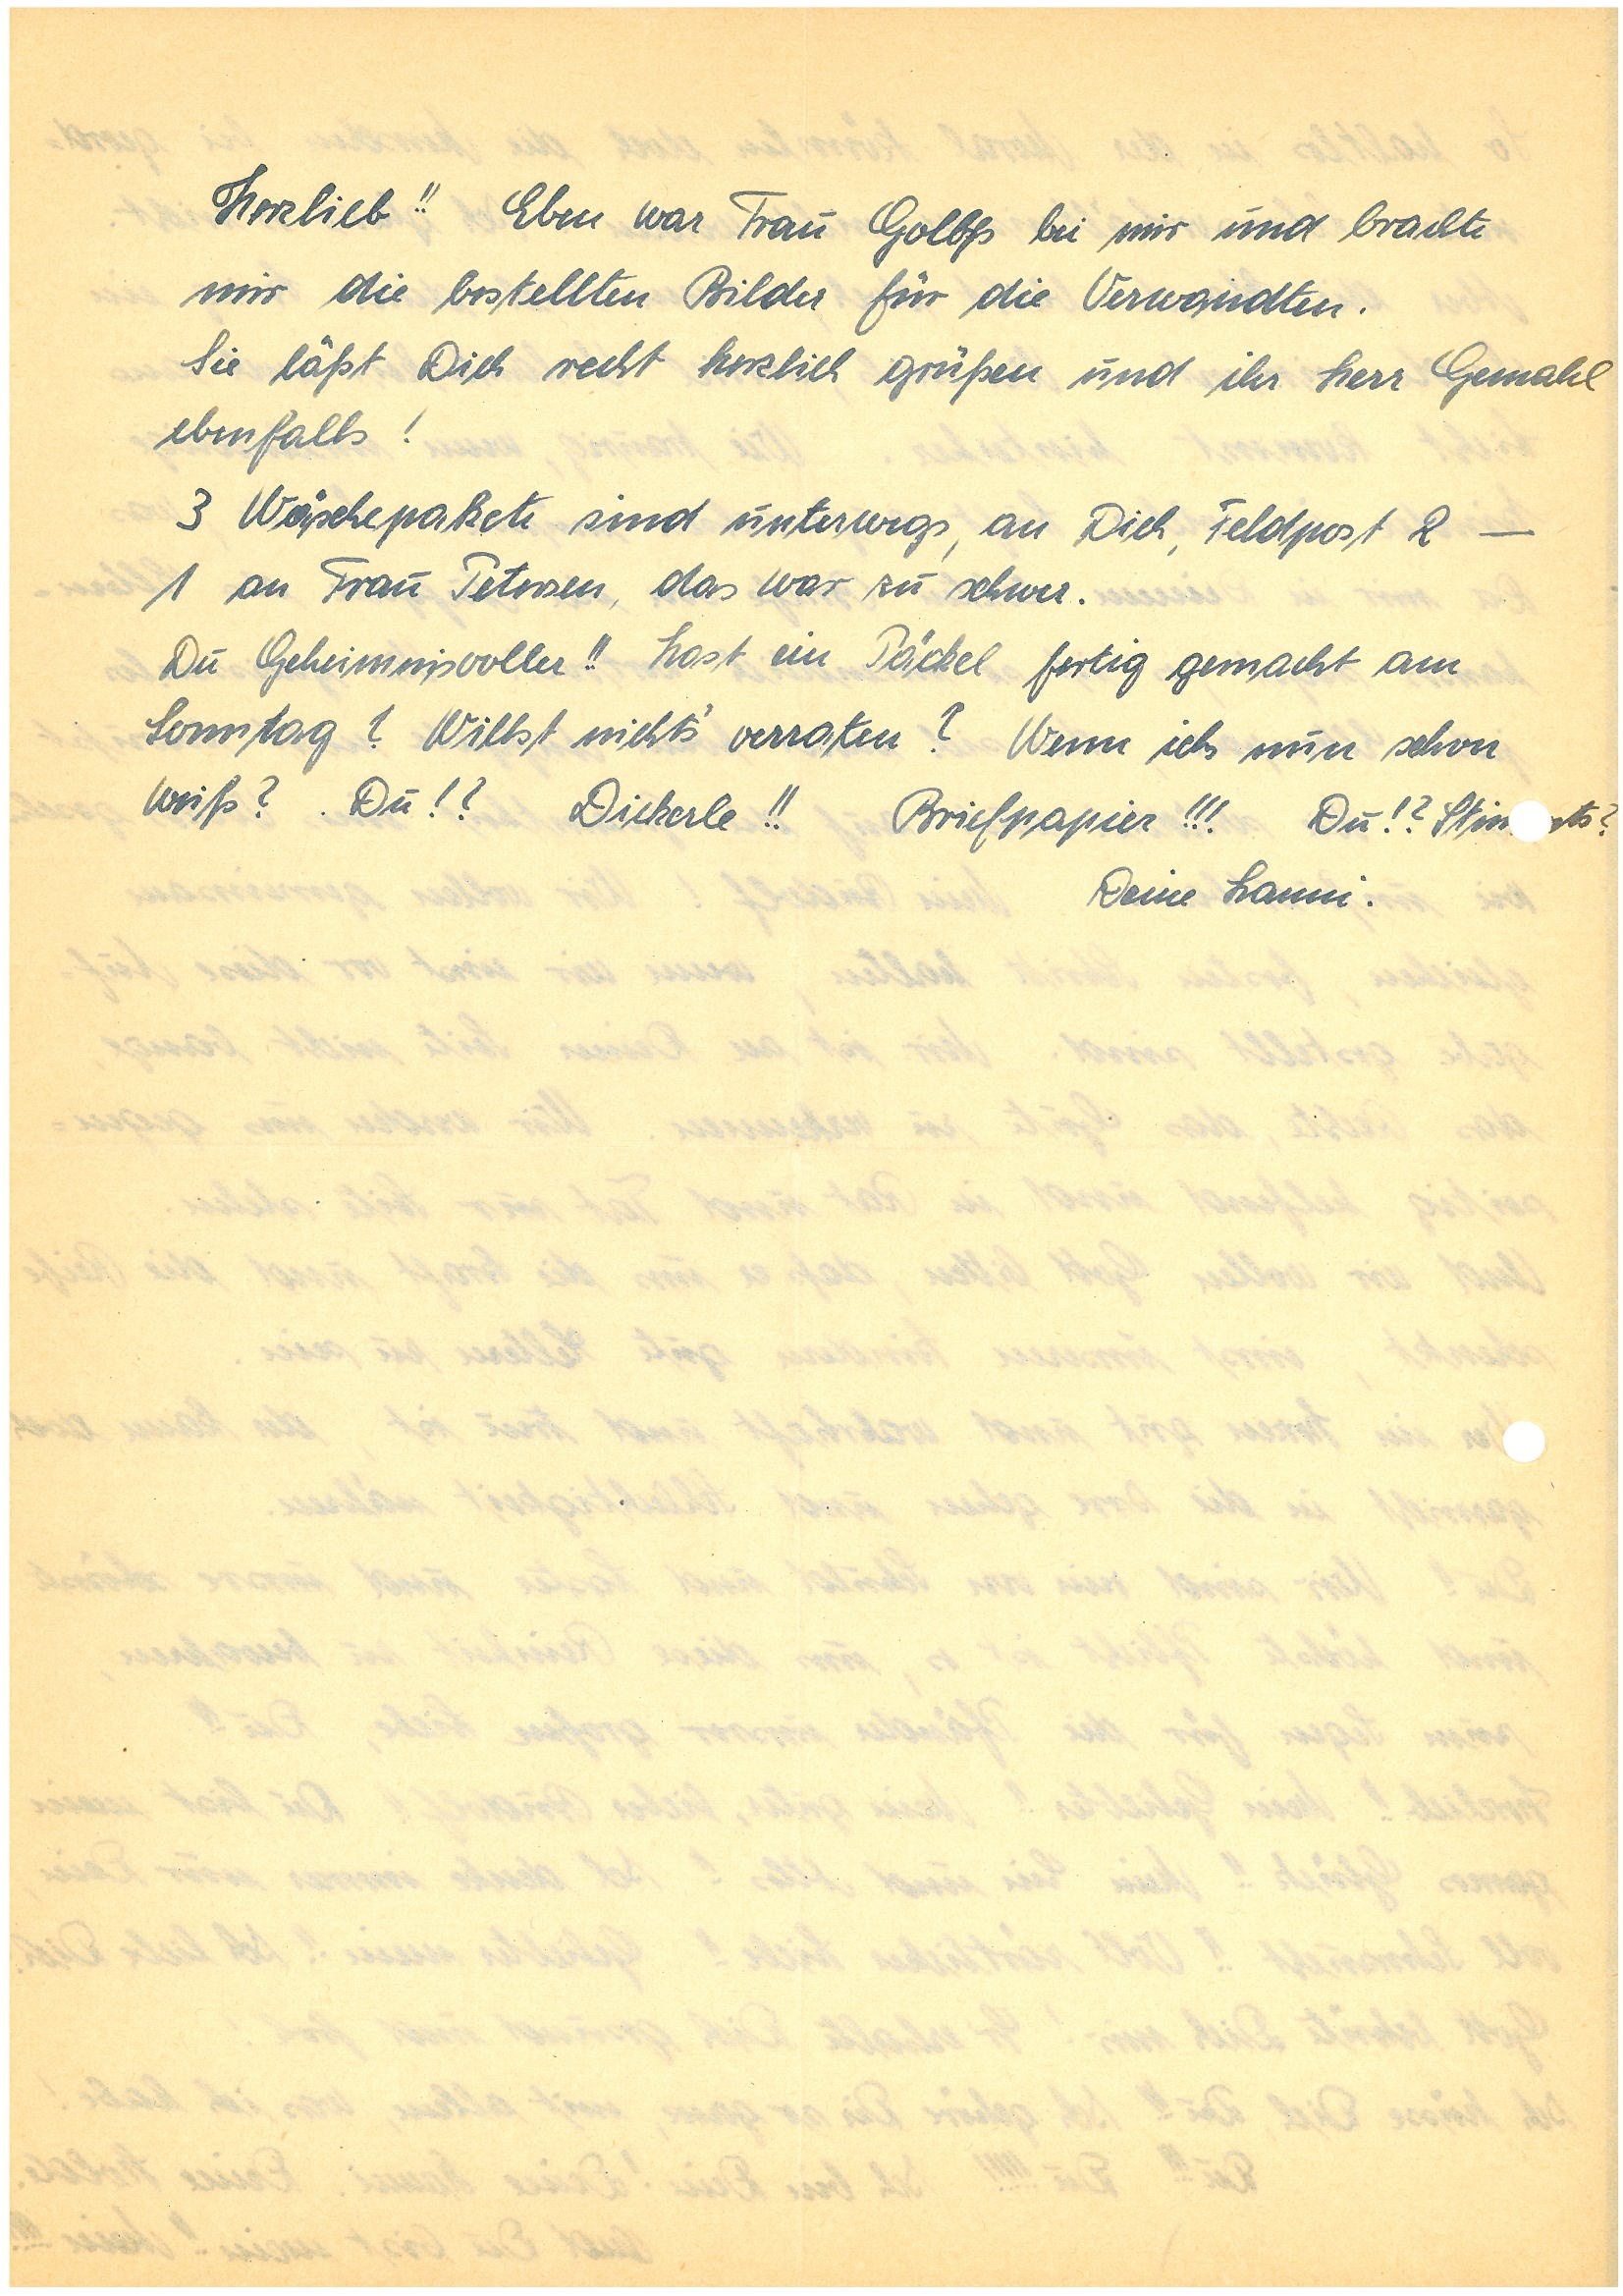
Herzlieb!! Eben war Frau G. bei mir und brachte
mir die bestellten Bilder für die Verwandten.
Sie läßt Dich recht herzlich grüßen und ihr Herr Gemahl
ebenfalls!
3 Wäschepakete sind unterwegs, an Dich, Feldpost 2 –
1 an Frau P., das war zu schwer.
Du Geheimnisvoller!! Hast ein Päckel fertig gemacht am
Sonntag? Willst nicht’s verraten? Wenn ich nun schon
weiß? Du!? Dickerle!! Briefpapier!!! Du!?
Stimmts? Deine.